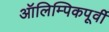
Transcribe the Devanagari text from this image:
ऑलिम्पिकपूर्वी